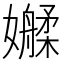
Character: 𫲑